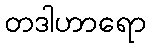
တဒါဟာရော